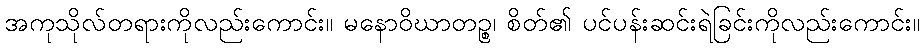
အကုသိုလ်တရားကိုလည်းကောင်း။ မနောဝိဃာတဉ္စ၊ စိတ်၏ ပင်ပန်းဆင်းရဲခြင်းကိုလည်းကောင်း။